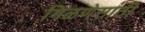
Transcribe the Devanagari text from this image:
मिळणेसाठी